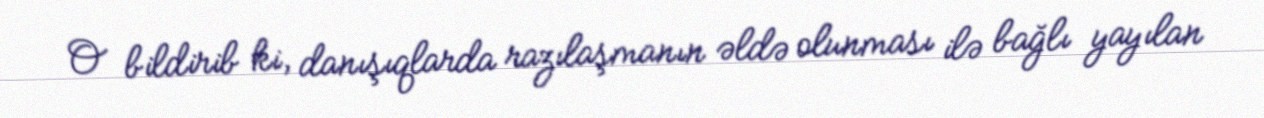
O bildirib ki, danışıqlarda razılaşmanın əldə olunması ilə bağlı yayılan